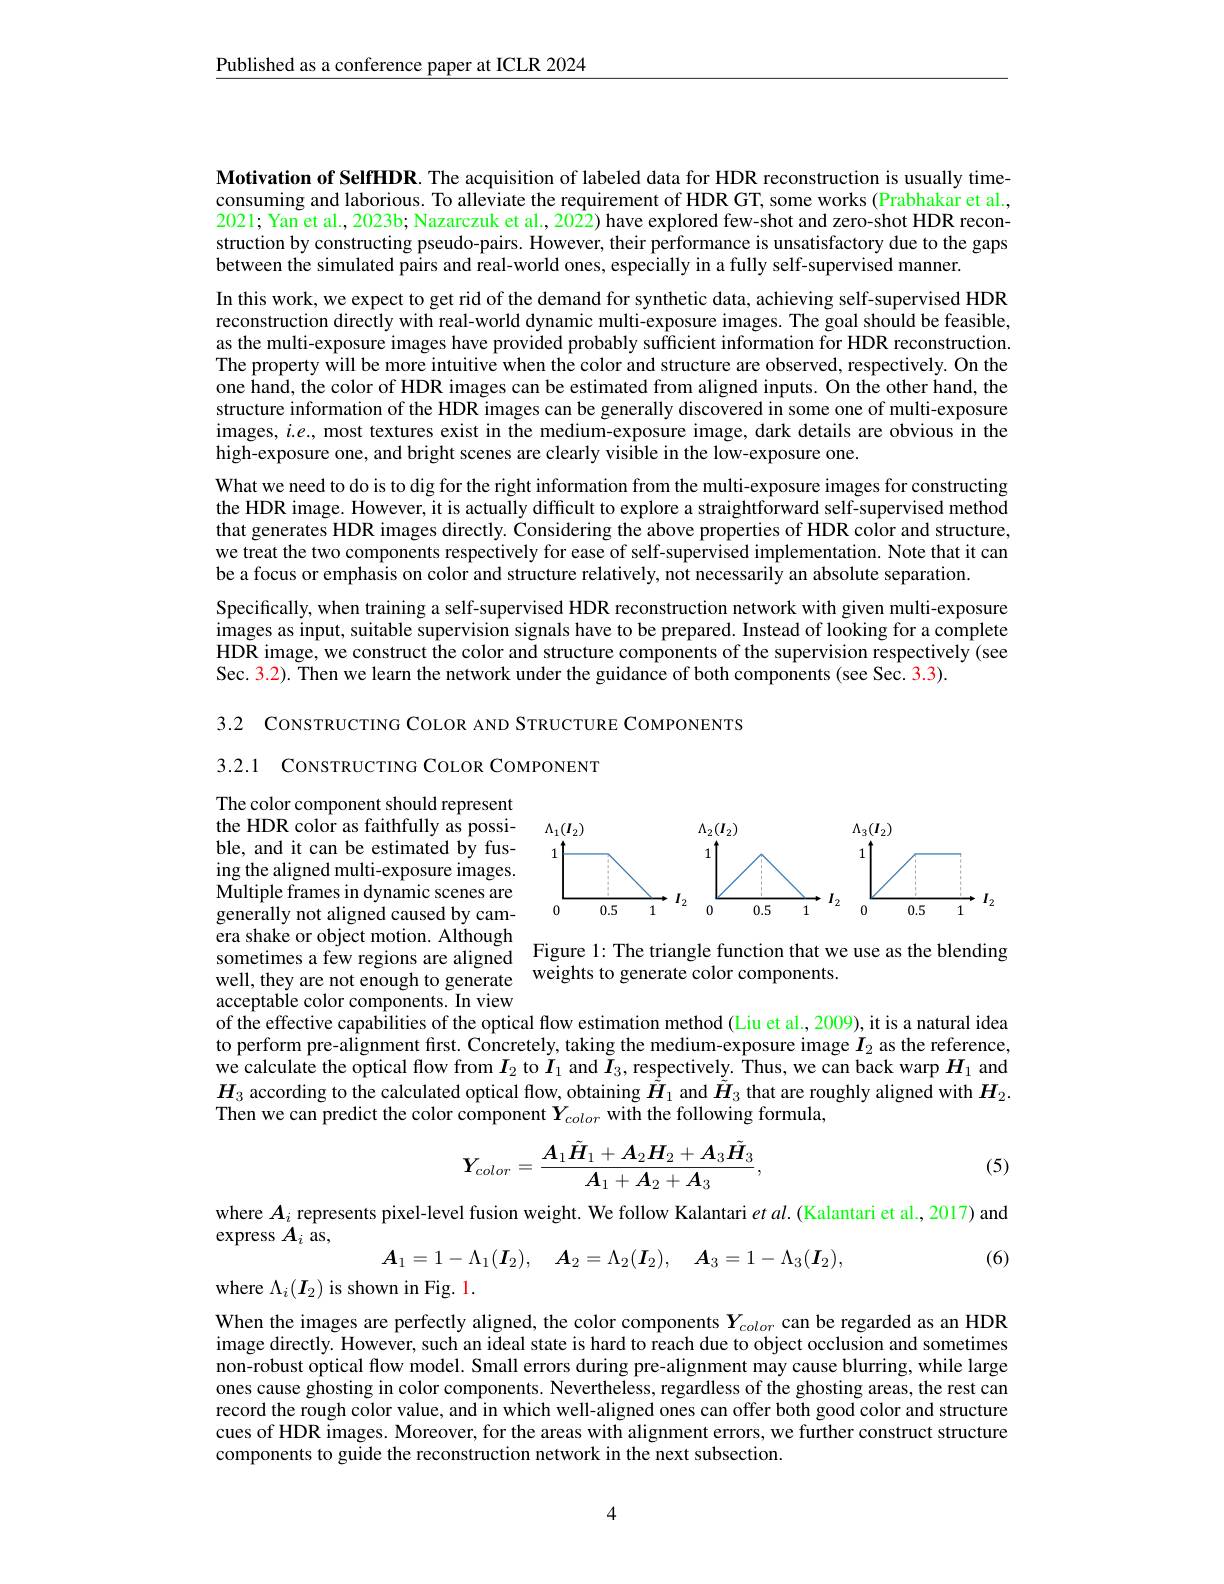
$\underline{\text{Published as a conference paper at ICLR 2024}}$

Motivation of SelfHDR. The acquisition of labeled data for HDR reconstruction is usually timeconsuming and laborious. To alleviate the requirement of HDR GT, some works (Prabhakar et al. 2021; Yan et al., 2023b; Nazarczuk et al., 2022) have explored few-shot and zero-shot HDR reconstruction by constructing pseudo-pairs. However, their performance is unsatisfactory due to the gaps between the simulated pairs and real-world ones, especially in a fully self-supervised manner.

In this work, we expect to get rid of the demand for synthetic data, achieving self-supervised HDR reconstruction directly with real-world dynamic multi-exposure images. The goal should be feasible, as the multi-exposure images have provided probably sufficient information for HDR reconstruction. The property will be more intuitive when the color and structure are observed, respectively. On the one hand, the color of HDR images can be estimated from aligned inputs. On the other hand, the structure information of the HDR images can be generally discovered in some one of multi-exposure images, $i.e.$, most textures exist in the medium-exposure image, dark details are obvious in the high-exposure one, and bright scenes are clearly visible in the low-exposure one.

What we need to do is to dig for the right information from the multi-exposure images for constructing the HDR image. However, it is actually difficult to explore a straightforward self-supervised method that generates HDR images directly. Considering the above properties of HDR color and structure, we treat the two components respectively for ease of self-supervised implementation. Note that it can be a focus or emphasis on color and structure relatively, not necessarily an absolute separation.
Specifically, when training a self-supervised HDR reconstruction network with given multi-exposure images as input, suitable supervision signals have to be prepared. Instead of looking for a complete HDR image, we construct the color and structure components of the supervision respectively (see Sec. 3.2). Then we learn the network under the guidance of both components (see Sec. 3.3).

3.2 CoNsTRUCTING COLOR AND STRUCTURE COMPONENTS

3.2.1 CONSTRUCTING COLOR COMPONENT

<FigureHere>
$\cdot I_{2}$

The color component should represent the HDR color as faithfully as possible, and it can be estimated by fusing the aligned multi-exposure images. Multiple frames in dynamic scenes are generally not aligned caused by camera shake or object motion. Although sometimes a few regions are aligned Figure l: The triangle function that we use as the blending sometimes a fewing regions are ale the biending
well, they are not enough to generate weights to generate color components.
acceptable color components. In view

of the effective capabilities of the optical flow estimation method (Liu et al., 2009), it is a natural idea to perform pre-alignment first. Concretely, taking the medium-exposure image $I_{2}$ as the reference, we calculate the optical flow from $I_2$ to $I_1$ and $I_3$, respectively. Thus, we can back warp $H_{1}$ and $\boldsymbol{H}_3$ according to the calculated optical flow, obtaining $\tilde{\boldsymbol{H}}_1$ and $\tilde{\boldsymbol{H}}_3$ that are roughly aligned with $\boldsymbol{H}_2.$ Then we can predict the color component $Y_{color}$ with the following formula,
$$Y_{color}=\frac{A_1\tilde{H}_1+A_2H_2+A_3\tilde{H}_3}{A_1+A_2+A_3},$$
(5)

where $A_i$ represents pixel-level fusion weight. We follow Kalantari $etal.($Kalantari et al., 2017) and
express $A_i$ as,
$$A_1=1-\Lambda_1(\boldsymbol{I}_2),\quad\boldsymbol{A}_2=\Lambda_2(\boldsymbol{I}_2),\quad\boldsymbol{A}_3=1-\Lambda_3(\boldsymbol{I}_2),$$
(6)

where $\Lambda_i(I_2)$ is shown in Fig. 1.

When the images are perfectly aligned, the color components $Y_{color}$ can be regarded as an HDR image directly. However, such an ideal state is hard to reach due to object occlusion and sometimes non-robust optical flow model. Small errors during pre-alignment may cause blurring, while large ones cause ghosting in color components. Nevertheless, regardless of the ghosting areas, the rest can record the rough color value, and in which well-aligned ones can offer both good color and structure cues of HDR images. Moreover, for the areas with alignment errors, we further construct structure components to guide the reconstruction network in the next subsection.

4